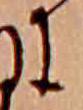
に